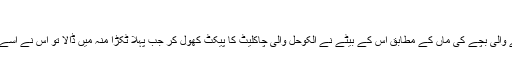
‘‘
پولیس کو شکایت کرنے والی بچے کی ماں کے مطابق اس کے بیٹے نے الکوحل والی چاکلیٹ کا پیکٹ کھول کر جب پہلا ٹکڑا منہ میں ڈالا تو اس نے اسے فوراﹰ ہی تھوک دیا تھا۔